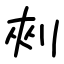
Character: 㓨